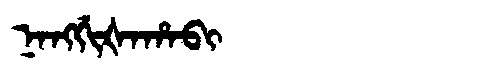
Manchu: ᠨᠠᠩᡤᡳᡧᠠᡥᠠᠪᡳ
Romanization: NANGGIŠAHABI